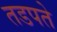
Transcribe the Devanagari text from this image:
तडपते